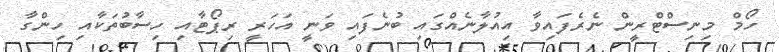
ހޯމް މިނިސްޓްރީން ނެރެފައިވާ އިއުލާނެއްގައި ބުނެފައި ވަނީ އަހަރީ ރިޕޯޓާއި ހިސާބުތަކާއި ހިންގާ